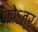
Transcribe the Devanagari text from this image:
कोऽत्र